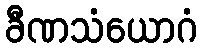
ခီဏသံယောဂံ